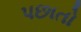
પછાતો